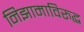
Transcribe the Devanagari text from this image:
निझामाविरुद्ध